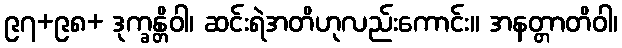
၉၇+၉၈+ ဒုက္ခန္တိဝါ၊ ဆင်းရဲအတိဟုလည်းကောင်း။ အနတ္တာတိဝါ၊